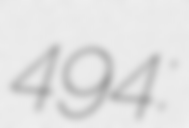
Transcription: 494: